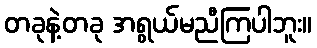
တခုနဲ့တခု အရွယ်မညီကြပါဘူး။